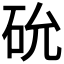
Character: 𥐸